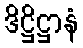
ဒိဋ္ဌိဋ္ဌာနံ